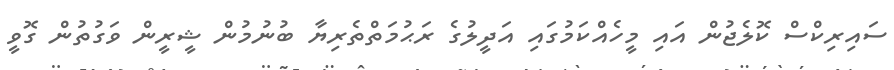
ސައިރިކްސް ކޮލެޖުން އައި މީހެއްކަމުގައި އަދީލުގެ ރަޙުމަތްތެރިޔާ ބުނުމުން ޝީރީން ވަގުތުން ގޮވީ